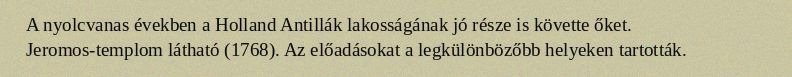
A nyolcvanas években a Holland Antillák lakosságának jó része is követte őket. Jeromos-templom látható (1768). Az előadásokat a legkülönbözőbb helyeken tartották.